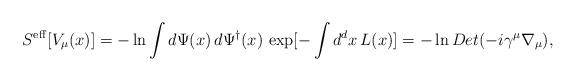
LaTeX: \begin{align*}S^{\rm eff}[V_\mu (x)] = -\ln \int d\Psi(x) \,d\Psi^\dagger(x)\,\exp[-\int d^d x \,L(x)] = -\ln Det (-i\gamma^\mu\nabla_\mu) ,\end{align*}